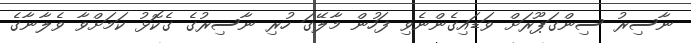
ނާސިރު ސިންގަޕޫރަށް ވަޑައިގެންނެވި ފަހުން މާލޭގަ ހުރި ނާސިރުގެ ގެކޮޅު ކަމަށްވާ ވެލާނާގެ